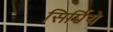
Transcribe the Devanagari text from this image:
सिर्पिये